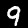
Digit: 9